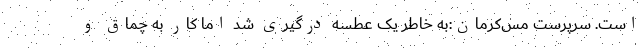
است. سرپرست مس‌کرمان:‌به خاطر یک عطسه درگیری شد اما کار به چماق و